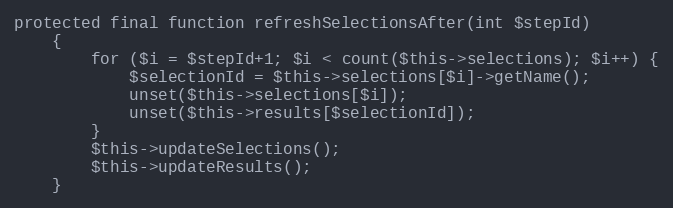
Language: PHP
protected final function refreshSelectionsAfter(int $stepId)
    {
        for ($i = $stepId+1; $i < count($this->selections); $i++) {
            $selectionId = $this->selections[$i]->getName();
            unset($this->selections[$i]);
            unset($this->results[$selectionId]);
        }
        $this->updateSelections();
        $this->updateResults();
    }